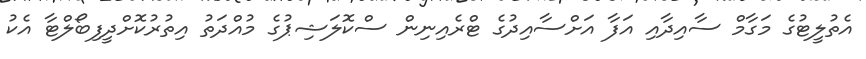
އެތުލީޓުގެ މަގާމް ސާއިދާއި އަފާ އަށްސާއިދުގެ ޓްރެއިނިން ސްކޮލަޝިޕުގެ މުއްދަތު އިތުރުކޮށްދީފިބޯލްޓާ އެކު